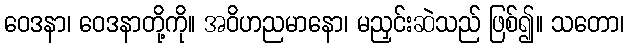
ဝေဒနာ၊ ဝေဒနာတို့ကို။ အဝိဟညမာနော၊ မညှင်းဆဲသည် ဖြစ်၍။ သတော၊